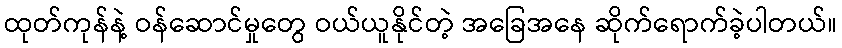
ထုတ်ကုန်နဲ့ ဝန်ဆောင်မှုတွေ ဝယ်ယူနိုင်တဲ့ အခြေအနေ ဆိုက်ရောက်ခဲ့ပါတယ်။